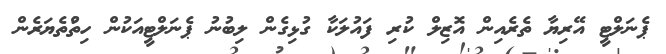
ޕެނަލްޓީ އޭރިޔާ ތެރެއިން އޮޒިލް ކުރި ފައުލަކާ ގުޅިގެން ލިބުނު ޕެނަލްޓީއަކުން ހިތްުތެޔަރެން